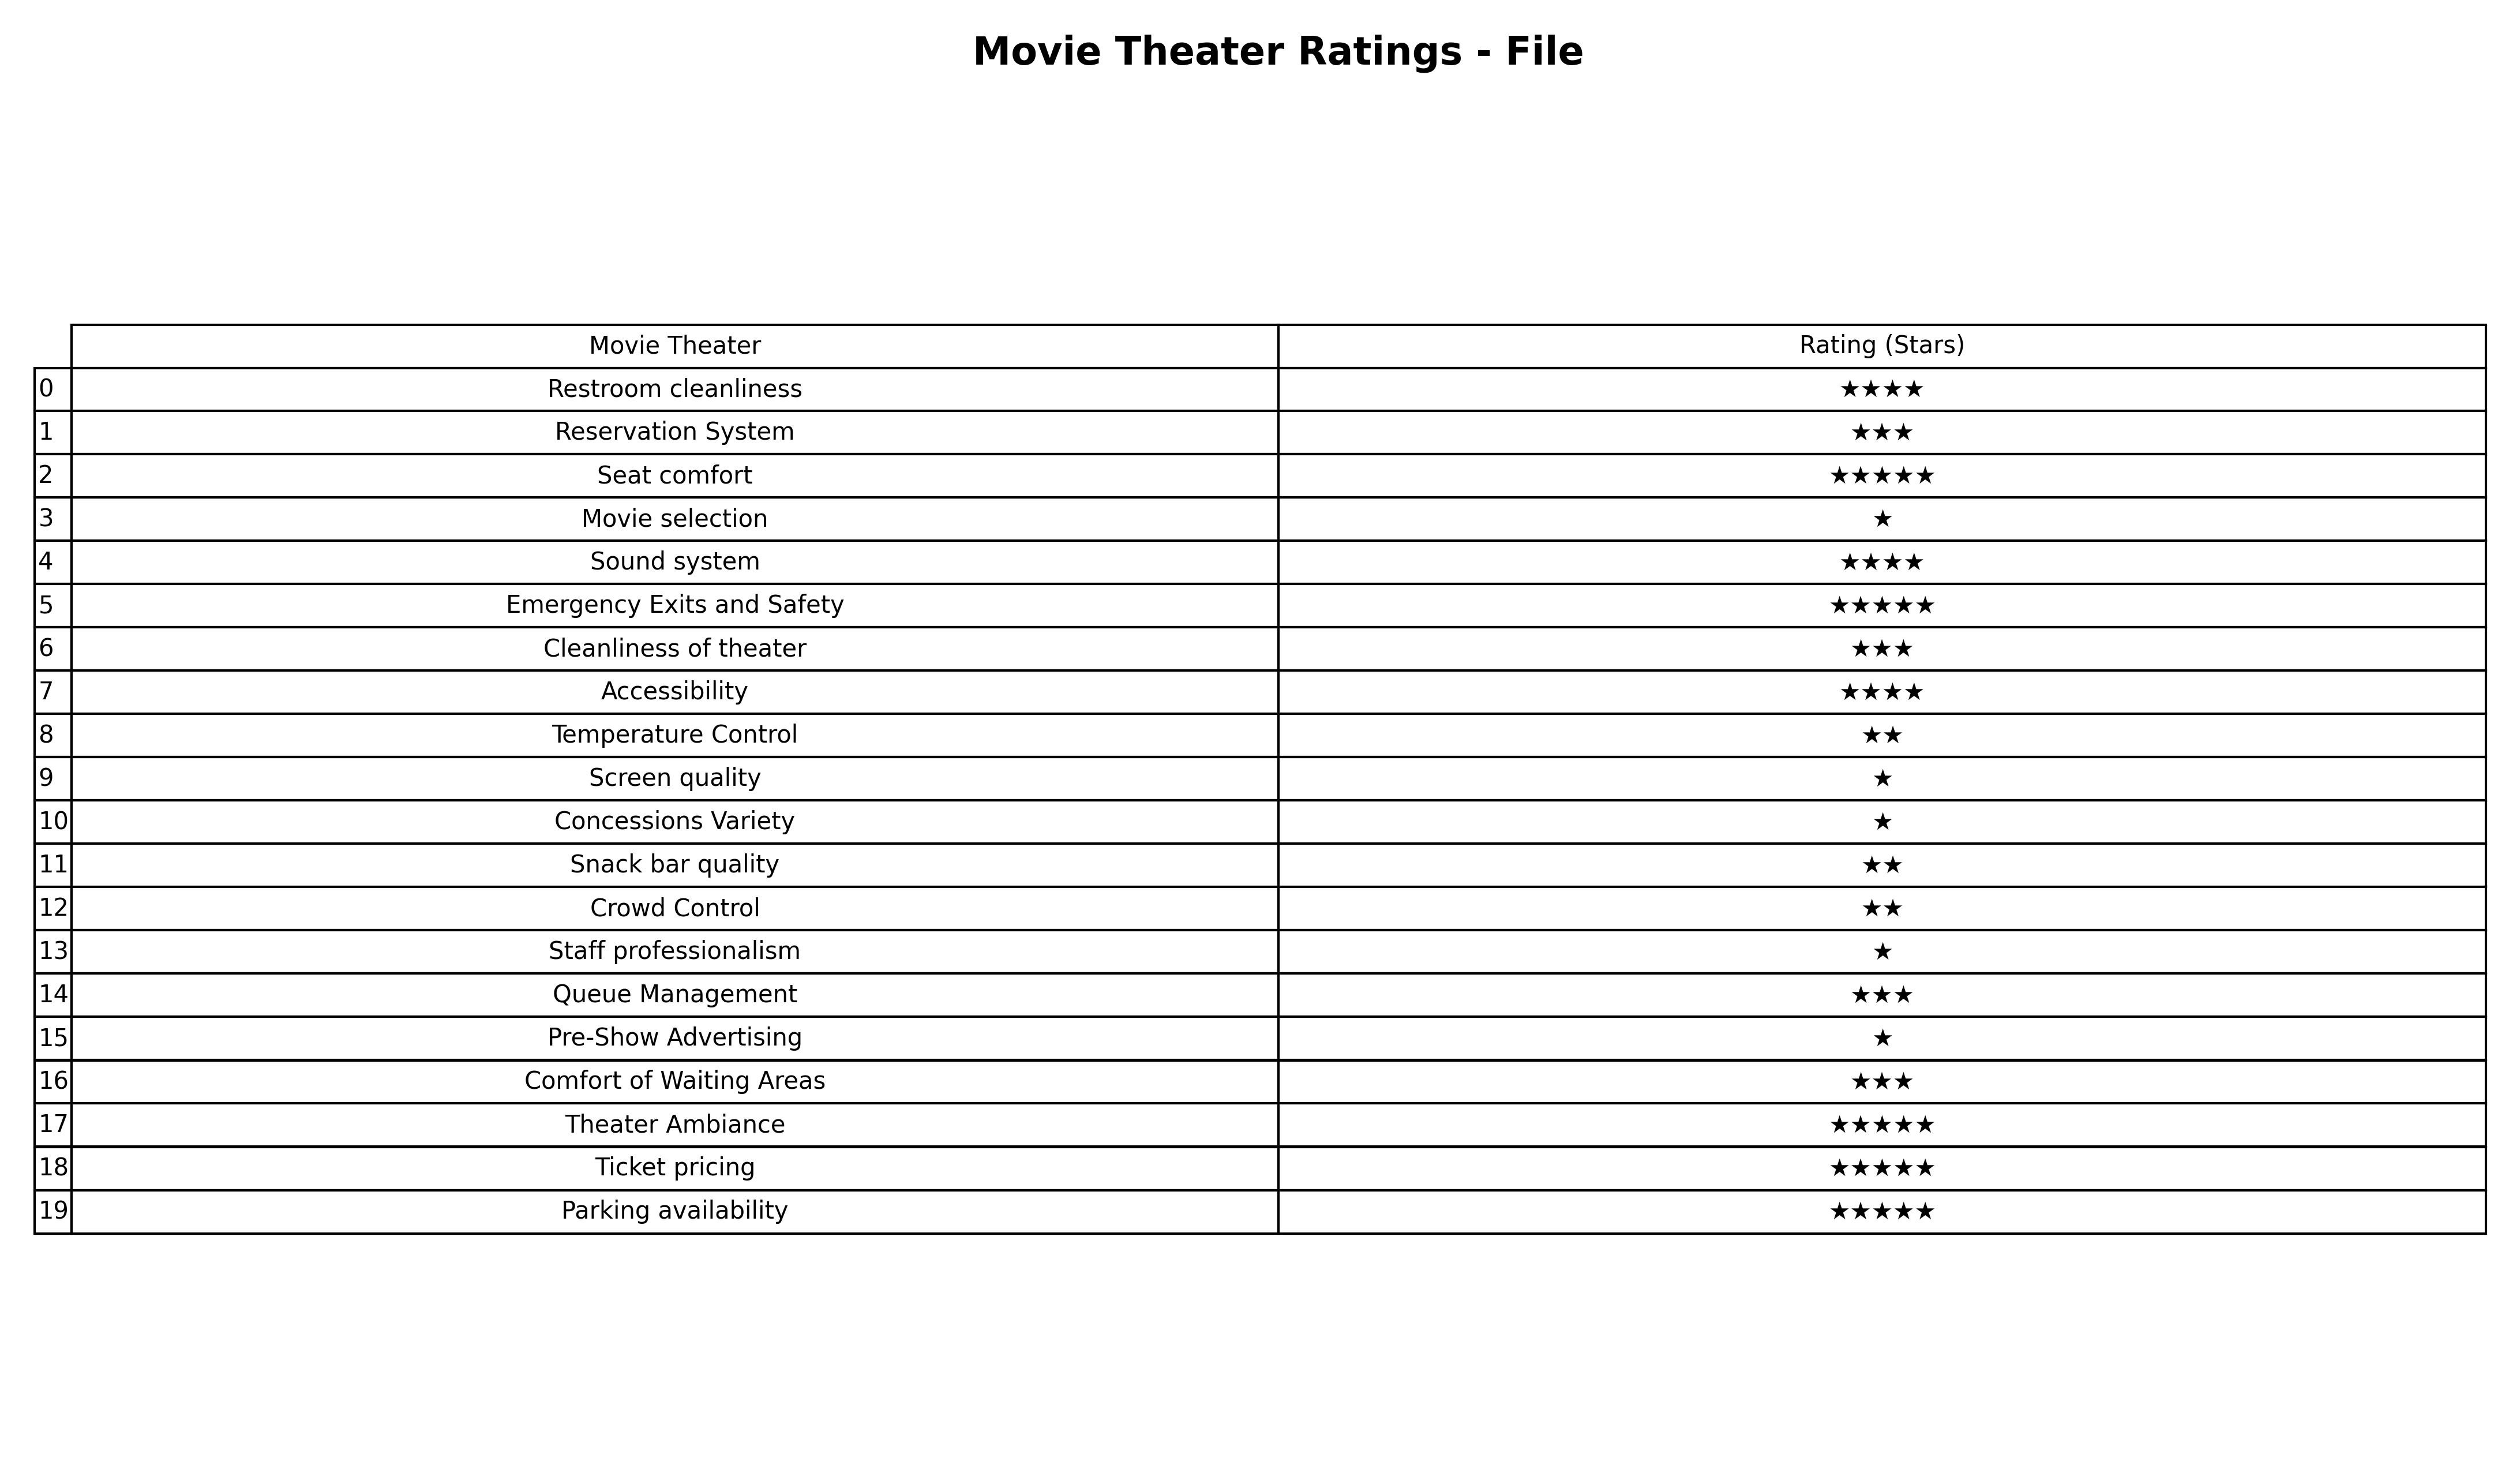
question: What are lowest rating services?
answer: Restroom cleanlinessSound systemAccessibility